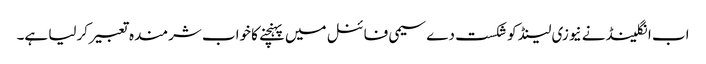
اب انگلینڈ نے نیوزی لینڈ کو شکست دے سیمی فائنل میں پہنچنے کا خواب شرمندہ تعبیرکرلیا ہے۔